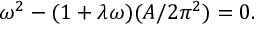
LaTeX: \omega ^ { 2 } - ( 1 + \lambda \omega ) ( A / 2 \pi ^ { 2 } ) = 0 .